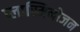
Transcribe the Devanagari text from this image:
प्लास्मिनोजन